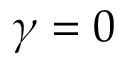
\gamma = 0